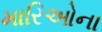
મારિઓના